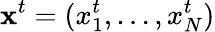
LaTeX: {\mathbf x}^{t}=(x_{1}^{t},\dots,x_{N}^{t})